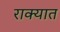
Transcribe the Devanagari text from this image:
राक्यात